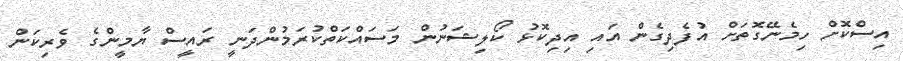
އިސްކޮށް ހިމެނޭގޮތަށް އުފެދިގެން އައި އިދިކޮޅު ކޯލިޝަނުން މަސައްކަތްކުރަމުންދަނީ ރައީސް ޔާމީންގެ ވެރިކަން